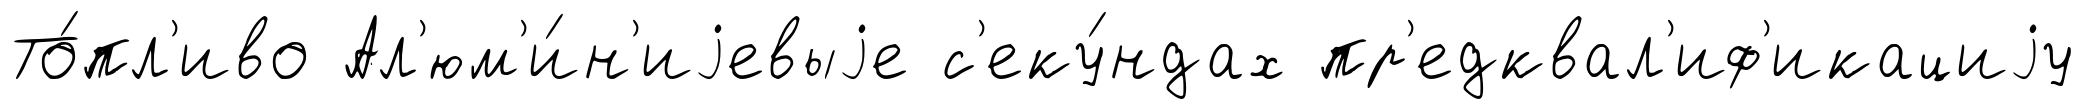
То́пл'иво Ал'юм'и́н'иjевыjе с'еку́ндах пр'едквал'иф'икациjу